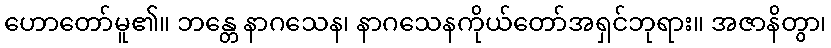
ဟောတော်မူ၏။ ဘန္တေ နာဂသေန၊ နာဂသေနကိုယ်တော်အရှင်ဘုရား။ အဇာနိတွာ၊